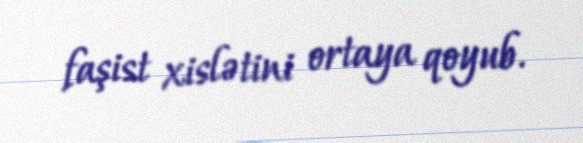
faşist xislətini ortaya qoyub.